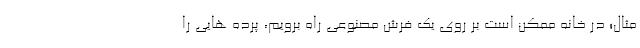
مثال؛ در خانه ممکن است بر روی یک فرش مصنوعی راه برویم، پرده هایی را